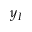
y _ { I }